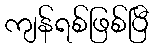
ကျန်ရစ်ဖြစ်ပြီ